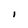
Character: I